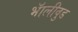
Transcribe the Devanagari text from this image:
भॅालीवुड